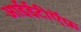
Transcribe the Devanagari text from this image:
आईईटीऍफ़